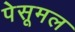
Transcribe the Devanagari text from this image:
पेसूमल